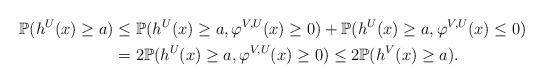
LaTeX: \begin{align*}\mathbb{P}(h^{U}(x)\geq a)&\leq\mathbb{P}(h^{U}(x)\geq a,\varphi^{V,U}(x)\geq0)+\mathbb{P}(h^{U}(x)\geq a,\varphi^{V,U}(x)\leq0)\\&=2\mathbb{P}(h^{U}(x)\geq a,\varphi^{V,U}(x)\geq0)\leq2\mathbb{P}(h^{V}(x)\geq a).\end{align*}